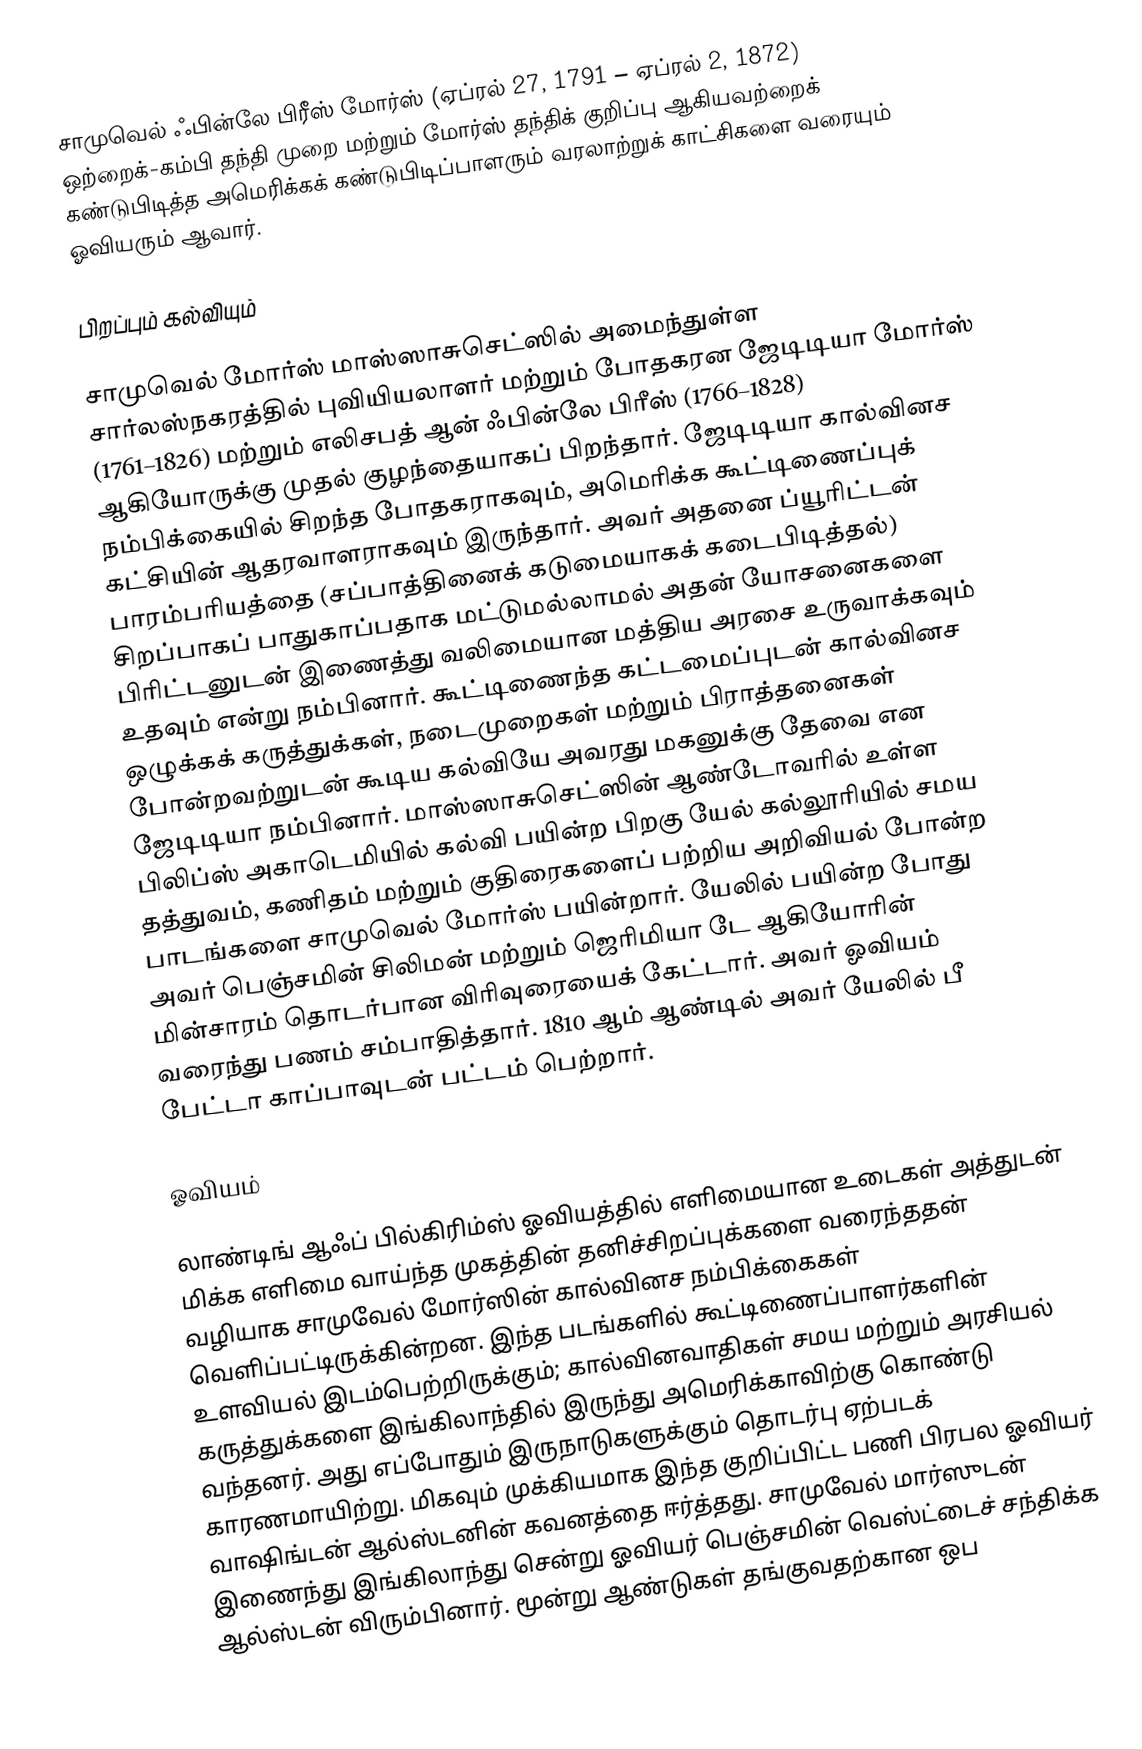
சாமுவெல் ஃபின்லே பிரீஸ் மோர்ஸ் (ஏப்ரல் 27, 1791 – ஏப்ரல் 2, 1872) ஒற்றைக்-கம்பி தந்தி முறை மற்றும் மோர்ஸ் தந்திக் குறிப்பு ஆகியவற்றைக் கண்டுபிடித்த அமெரிக்கக் கண்டுபிடிப்பாளரும் வரலாற்றுக் காட்சிகளை வரையும் ஓவியரும் ஆவார்.

பிறப்பும் கல்வியும்

சாமுவெல் மோர்ஸ் மாஸ்ஸாசுசெட்ஸில் அமைந்துள்ள சார்லஸ்நகரத்தில் புவியியலாளர் மற்றும் போதகரன ஜேடிடியா மோர்ஸ் (1761–1826) மற்றும் எலிசபத் ஆன் ஃபின்லே பிரீஸ் (1766–1828) ஆகியோருக்கு முதல் குழந்தையாகப் பிறந்தார். ஜேடிடியா கால்வினச நம்பிக்கையில் சிறந்த போதகராகவும், அமெரிக்க கூட்டிணைப்புக் கட்சியின் ஆதரவாளராகவும் இருந்தார். அவர் அதனை ப்யூரிட்டன் பாரம்பரியத்தை (சப்பாத்தினைக் கடுமையாகக் கடைபிடித்தல்) சிறப்பாகப் பாதுகாப்பதாக மட்டுமல்லாமல் அதன் யோசனைகளை பிரிட்டனுடன் இணைத்து வலிமையான மத்திய அரசை உருவாக்கவும் உதவும் என்று நம்பினார். கூட்டிணைந்த கட்டமைப்புடன் கால்வினச ஒழுக்கக் கருத்துக்கள், நடைமுறைகள் மற்றும் பிராத்தனைகள் போன்றவற்றுடன் கூடிய கல்வியே அவரது மகனுக்கு தேவை என ஜேடிடியா நம்பினார். மாஸ்ஸாசுசெட்ஸின் ஆண்டோவரில் உள்ள பிலிப்ஸ் அகாடெமியில் கல்வி பயின்ற பிறகு யேல் கல்லூரியில் சமய தத்துவம், கணிதம் மற்றும் குதிரைகளைப் பற்றிய அறிவியல் போன்ற பாடங்களை சாமுவெல் மோர்ஸ்  பயின்றார். யேலில் பயின்ற போது அவர் பெஞ்சமின் சிலிமன் மற்றும் ஜெரிமியா டே ஆகியோரின் மின்சாரம் தொடர்பான விரிவுரையைக் கேட்டார். அவர் ஓவியம் வரைந்து பணம் சம்பாதித்தார். 1810 ஆம் ஆண்டில் அவர் யேலில் பீ பேட்டா காப்பாவுடன் பட்டம் பெற்றார்.

ஓவியம்

லாண்டிங் ஆஃப் பில்கிரிம்ஸ் ஓவியத்தில் எளிமையான உடைகள் அத்துடன் மிக்க எளிமை வாய்ந்த முகத்தின் தனிச்சிறப்புக்களை வரைந்ததன் வழியாக சாமுவேல் மோர்ஸின் கால்வினச நம்பிக்கைகள் வெளிப்பட்டிருக்கின்றன. இந்த படங்களில் கூட்டிணைப்பாளர்களின் உளவியல் இடம்பெற்றிருக்கும்; கால்வினவாதிகள் சமய மற்றும் அரசியல் கருத்துக்களை இங்கிலாந்தில் இருந்து அமெரிக்காவிற்கு கொண்டு வந்தனர். அது எப்போதும் இருநாடுகளுக்கும் தொடர்பு ஏற்படக் காரணமாயிற்று. மிகவும் முக்கியமாக இந்த குறிப்பிட்ட பணி பிரபல ஓவியர் வாஷிங்டன் ஆல்ஸ்டனின் கவனத்தை ஈர்த்தது. சாமுவேல் மார்ஸுடன் இணைந்து இங்கிலாந்து சென்று ஓவியர் பெஞ்சமின் வெஸ்ட்டைச் சந்திக்க ஆல்ஸ்டன் விரும்பினார். மூன்று ஆண்டுகள் தங்குவதற்கான ஒப